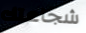
شجاعتك